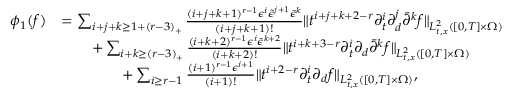
\begin{array} { r l } { \phi _ { 1 } ( f ) } & { = \sum _ { i + j + k \ge 1 + ( r - 3 ) _ { + } } \frac { ( i + j + k + 1 ) ^ { r - 1 } \epsilon ^ { i } \tilde { \epsilon } ^ { j + 1 } \bar { \epsilon } ^ { k } } { ( i + j + k + 1 ) ! } \| t ^ { i + j + k + 2 - r } \partial _ { t } ^ { i } \partial _ { d } ^ { j } \bar { \partial } ^ { k } f \| _ { L _ { t , x } ^ { 2 } ( [ 0 , T ] \times \Omega ) } } \\ & { \quad \quad + \sum _ { i + k \ge ( r - 3 ) _ { + } } \frac { ( i + k + 2 ) ^ { r - 1 } \epsilon ^ { i } \bar { \epsilon } ^ { k + 2 } } { ( i + k + 2 ) ! } \| t ^ { i + k + 3 - r } \partial _ { t } ^ { i } \partial _ { d } \bar { \partial } ^ { k } f \| _ { L _ { t , x } ^ { 2 } ( [ 0 , T ] \times \Omega ) } } \\ & { \quad \quad \quad \quad + \sum _ { i \ge r - 1 } \frac { ( i + 1 ) ^ { r - 1 } \epsilon ^ { i + 1 } } { ( i + 1 ) ! } \| t ^ { i + 2 - r } \partial _ { t } ^ { i } \partial _ { d } f \| _ { L _ { t , x } ^ { 2 } ( [ 0 , T ] \times \Omega ) } , } \end{array}